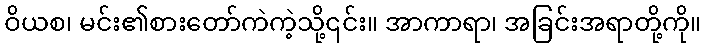
ဝိယစ၊ မင်း၏စားတော်ကဲကဲ့သို့၎င်း။ အာကာရာ၊ အခြင်းအရာတို့ကို။